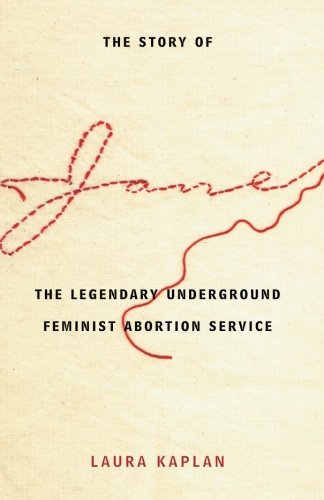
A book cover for The Story of Jane: The Legendary Underground Feminist Abortion Service; Laura Kaplan; Politics & Social Sciences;